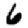
Digit: 6